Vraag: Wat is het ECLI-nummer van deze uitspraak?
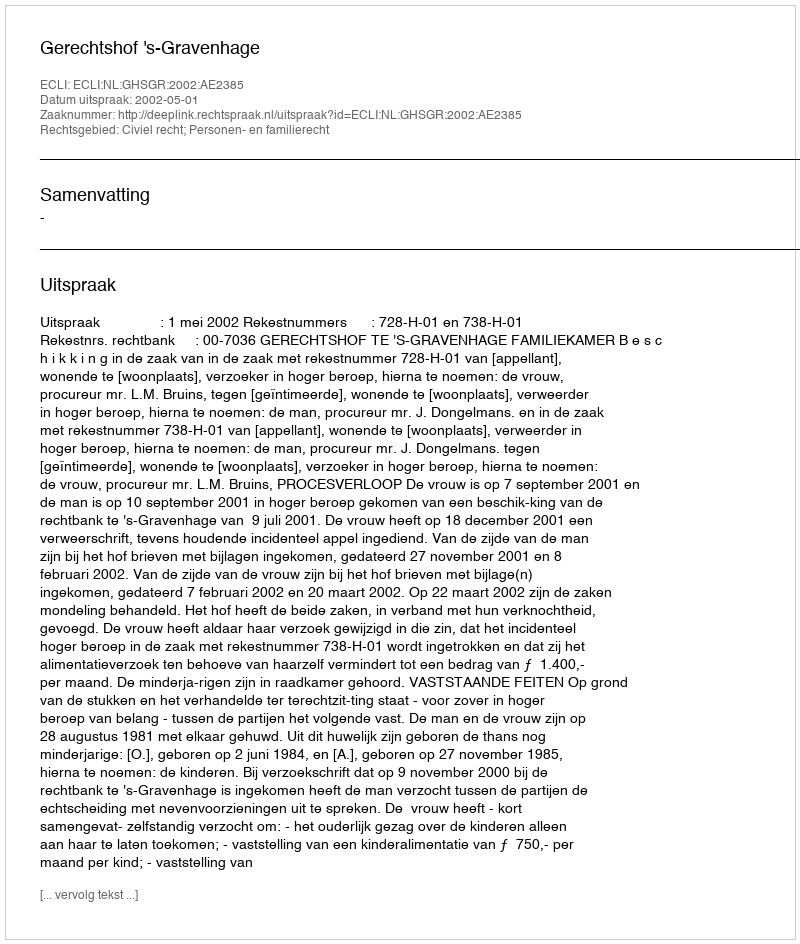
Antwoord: ECLI:NL:GHSGR:2002:AE2385